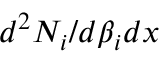
d ^ { 2 } N _ { i } / d \beta _ { i } d x